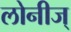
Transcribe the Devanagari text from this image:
लोनीज्